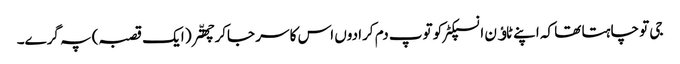
جی تو چاہتا تھا کہ اپنے ٹاﺅن انسپکٹر کو توپ دم کرا دوں اس کا سر جاکر چھتّر( ایک قصبہ) پہ گرے۔